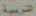
التربية